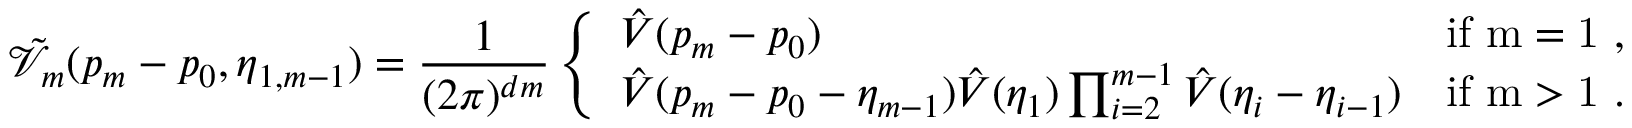
\tilde { \mathcal { V } } _ { m } ( p _ { m } - p _ { 0 } , \boldsymbol { \eta } _ { 1 , m - 1 } ) = \frac { 1 } { ( 2 \pi ) ^ { d m } } \left\{ \begin{array} { l l } { \hat { V } ( p _ { m } - p _ { 0 } ) } & { \mathrm { i f ~ m = 1 ~ , } } \\ { \hat { V } ( p _ { m } - p _ { 0 } - \eta _ { m - 1 } ) \hat { V } ( \eta _ { 1 } ) \prod _ { i = 2 } ^ { m - 1 } \hat { V } ( \eta _ { i } - \eta _ { i - 1 } ) } & { \mathrm { i f ~ m > 1 ~ . } } \end{array} \right.